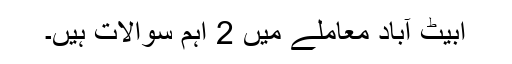
ابیٹ آباد معاملے میں 2 اہم سوالات ہیں۔